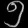
Digit: ၅